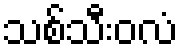
သစ်သီးဝလံ